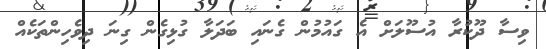
ވިސާ ދޫކުރާ އުސޫލަށް އެ ގައުމުން ގެނައި ބަދަލާ ގުޅިގެން ގިނަ ދިވެހިންތަކެއް